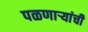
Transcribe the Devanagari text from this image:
पळणाऱ्यांची